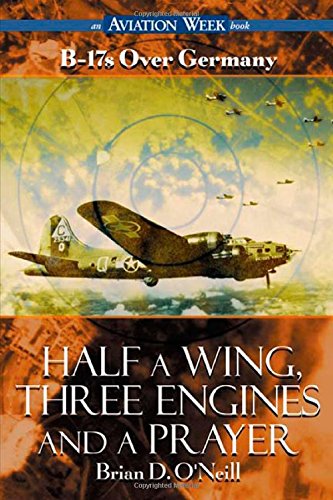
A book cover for Half a Wing, Three Engines and a Prayer: B-17s over Germany; Brian O'Neill; Travel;